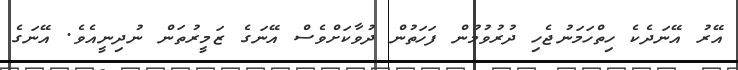
އޭރު އޭނަދެކެ ހިތްހަމަނުޖެހި ދުރުވުމުން ފަހަތުން ދުވާކަށްވެސް އޭނަގެ ޒަމީރުތަން ނުދިނީއެވެ. އޭނަގެ